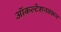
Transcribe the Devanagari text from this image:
ऑकल्टेशनवरून